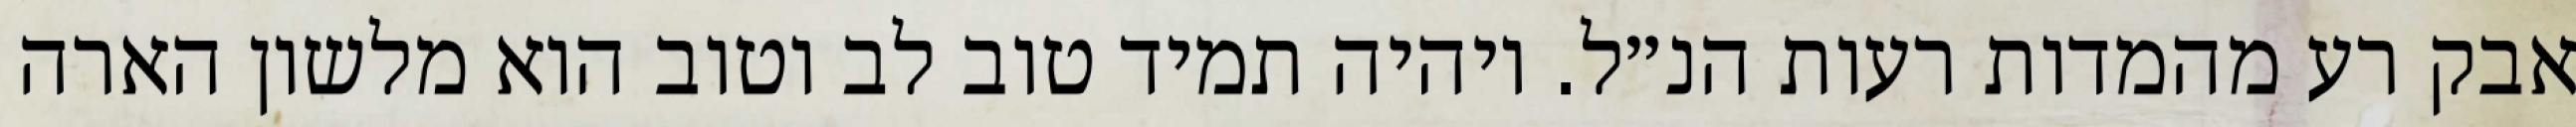
אבק רע מהמדות רעות הנ״ל. ויהיה תמיד טוב לב וטוב הוא מלשון הארה